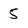
Character: 5